Civil Veterinary Dept. Bombay admin report 1900-1906 - 1900-1906
Year: 1900
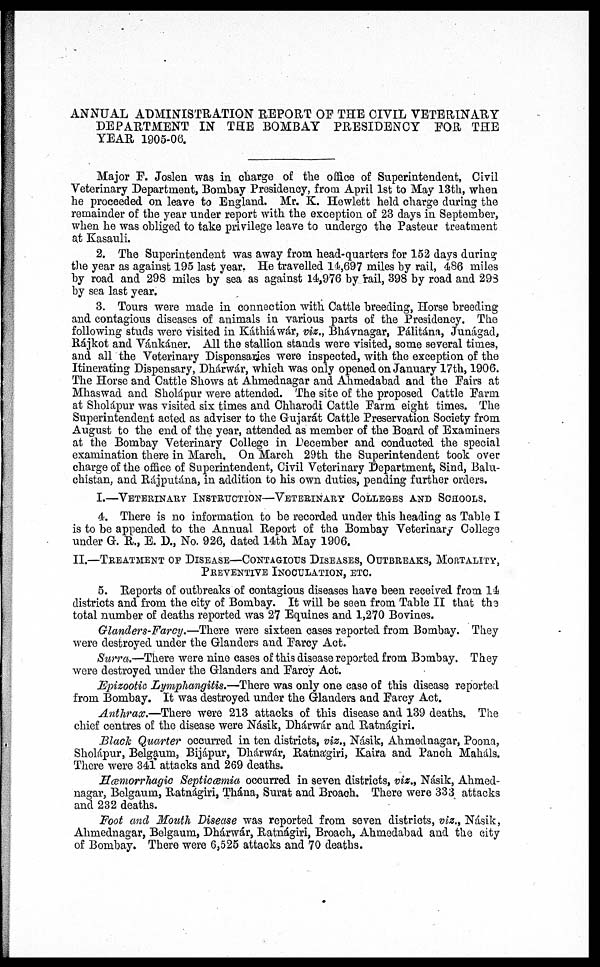
ANNUAL ADMINISTRATION REPORT OF THE CIVIL VETERINARY
DEPARTMENT IN THE BOMBAY PRESIDENCY FOR THE
YEAR 1905-06.
Major F. Joslen was in charge of the office of Superintendent, Civil
Veterinary Department, Bombay Presidency, from April 1st to May 13th, when
he proceeded on leave to England. Mr. K. Hewlett held charge during the
remainder of the year under report with the exception of 23 days in September,
when he was obliged to take privilege leave to undergo the Pasteur treatment
at Kasauli.
2. The Superintendent was away from head-quarters for 152 days during
the year as against 195 last year. He travelled 14,697 miles by rail, 486 miles
by road and 298 miles by sea as against 14,976 by rail, 398 by road and 29S
by sea last year.
3. Tours were made in connection with Cattle breeding, Horse breeding
and contagious diseases of animals in various parts of the Presidency. The
following studs were visited in Káthiáwár, viz., Bhávnagar, Pálitána, Junágad,
Rájkot and Vánkáner. All the stallion stands were visited, some several times,
and all the Veterinary Dispensaries were inspected, with the exception of the
Itinerating Dispensary, Dhárwár, which was only opened on January 17th, 1906.
The Horse and Cattle Shows at Ahmednagar and Ahmedabad and the Fairs at
Mhaswad and Sholápur were attended. The site of the proposed Cattle Farm
at Sholápur was visited six times and Chharodi Cattle Farm eight times. The
Superintendent acted as adviser to the Gujarát Cattle Preservation Society from
August to the end of the year, attended as member of the Board of Examiners
at the Bombay Veterinary College in December and conducted the special
examination there in March. On March 29th the Superintendent took over
charge of the office of Superintendent, Civil Veterinary Department, Sind, Balu-
chistan, and Rájputána, in addition to his own duties, pending further orders.
I.—VETERINARY INSTRUCTION—VETERINARY COLLEGES AND SCHOOLS.
4. There is no information to be recorded under this heading as Table I
is to be appended to the Annual Report of the Bombay Veterinary College
under G. R., E. D., No. 926, dated 14th May 1906.
II.—TREATMENT OF DISEASE—CONTAGIOUS DISEASES, OUTBREAKS, MORTALITY,
PREVENTIVE INOCULATION, ETC.
5. Reports of outbreaks of contagious diseases have been received from 14
districts and from the city of Bombay. It will be seen from Table II that the
total number of deaths reported was 27 Equines and 1,270 Bovines.
Glanders-Farcy.—There were sixteen cases reported from Bombay. They
were destroyed under the Glanders and Farcy Act.
Surra.—There were nine cases of this disease reported from Bombay. They
were destroyed tinder the Glanders and Farcy Act.
Epizootic Lymphangitis.—There was only one case of this disease reported
from Bombay. It was destroyed under the Glanders and Farcy Act.
Anthrax.—There were 213 attacks of this disease and 139 deaths. The
chief centres of the disease were Násik, Dhárwár and Ratnágiri.
Black Quarter occurred in ten districts, viz., Násik, Ahmednagar, Poona,
Sholápur, Belgaum, Bijápur, Dhárwár, Ratnágiri, Kaira and Panch Maháls.
There were 341 attacks and 269 deaths.
Hœmorrhagic Septicœmia occurred in seven districts, viz., Násik, Ahmed-
nagar, Belgaum, Ratnágiri, Thána, Surat and Broach. There were 333 attacks
and 232 deaths.
Foot and Mouth Disease was reported from seven districts, viz., Násik,
Ahmednagar, Belgaum, Dhárwár, Ratnágiri, Broach, Ahmedabad and the city
of Bombay. There were 6,525 attacks and 70 deaths.